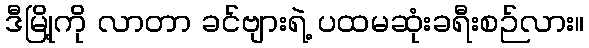
ဒီမြို့ကို လာတာ ခင်ဗျားရဲ့ ပထမဆုံးခရီးစဉ်လား။